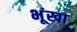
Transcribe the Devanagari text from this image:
भूंखा